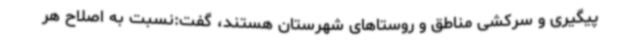
پیگیری و سرکشی مناطق و روستاهای شهرستان هستند، گفت:نسبت به اصلاح هر